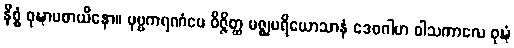
နိစ္စံ ဝုဍ္ဎာပစာယိနော။ ပုဗ္ဗကရဏံပေ ဝိဇ္ဇိတ္ထ မဇ္ဈပရိယောသာနံ ဒေဝဂါမာ ဝါသကာလေ ဝုဍ္ဎံ